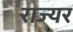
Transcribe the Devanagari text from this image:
राज्यर